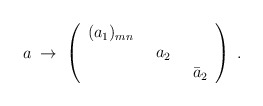
\begin{align*}a\;\to\;\left( \begin{array}{ccc}(a_1)_{mn} \enskip & & \\ & a_2\enskip & \\ & & \bar a_2\end{array} \right)\; .\end{align*}